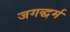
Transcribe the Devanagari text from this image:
जगद्धर्म